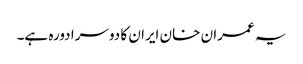
یہ عمران خان ایران کا دوسرا دورہ ہے۔